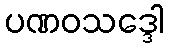
ပဏဝသဒ္ဒေါ